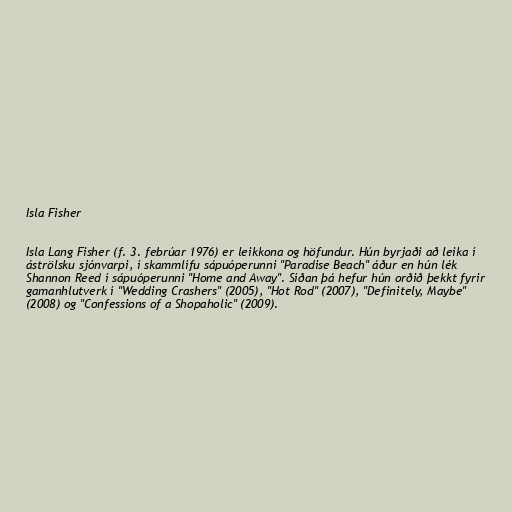
Isla Fisher

Isla Lang Fisher (f. 3. febrúar 1976) er leikkona og höfundur. Hún byrjaði að leika í
áströlsku sjónvarpi, í skammlífu sápuóperunni "Paradise Beach" áður en hún lék
Shannon Reed í sápuóperunni "Home and Away". Síðan þá hefur hún orðið þekkt fyrir
gamanhlutverk í "Wedding Crashers" (2005), "Hot Rod" (2007), "Definitely, Maybe"
(2008) og "Confessions of a Shopaholic" (2009).